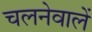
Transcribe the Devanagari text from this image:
चलनेवालें